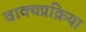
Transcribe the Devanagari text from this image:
वाक्यप्रक्रिया